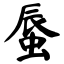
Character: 蜃